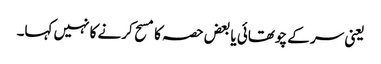
یعنی سر کے چوتھائی یا بعض حصہ کا مسح کرنے کا نہیں کہا۔